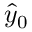
\hat { y } _ { 0 }